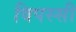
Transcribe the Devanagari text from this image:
विपस्सी